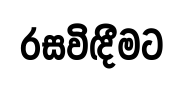
රසවිඳීමට